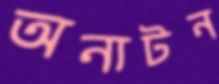
অনাটন